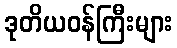
ဒုတိယဝန်ကြီးများ